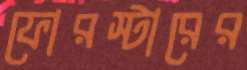
ফোরস্টারের